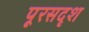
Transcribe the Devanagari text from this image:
पूरसदृश